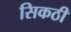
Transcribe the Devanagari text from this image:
सिकठी